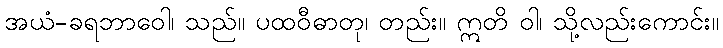
အယံ-ခရဘာဝေါ၊ သည်။ ပထဝီဓာတု၊ တည်း။ ဣတိ ဝါ၊ သို့လည်းကောင်း။